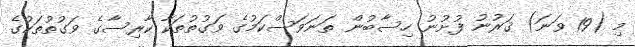
މި (19 ވަނަ) ޤަރުނު ފުށުނު ހިސާބުން ތަނަވަސްކަމުގެ ވަގުތުތަކާ ކާރިސާގެ ވަގުތުތަކުގެ